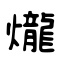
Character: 爖